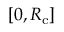
[ 0 , R _ { \mathrm { c } } ]